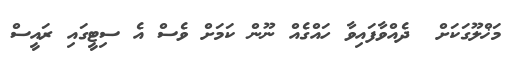
މަޚްލޫގަކަށް  ދެއްވާފައިވާ ހައްގެއް ނޫން ކަމަށް ވެސް އެ ސިޓީގައި ރައީސް